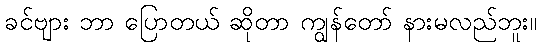
ခင်ဗျား ဘာ ပြောတယ် ဆိုတာ ကျွန်တော် နားမလည်ဘူး။